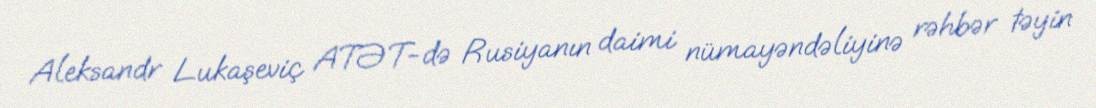
Aleksandr Lukaşeviç ATƏT-də Rusiyanın daimi nümayəndəliyinə rəhbər təyin